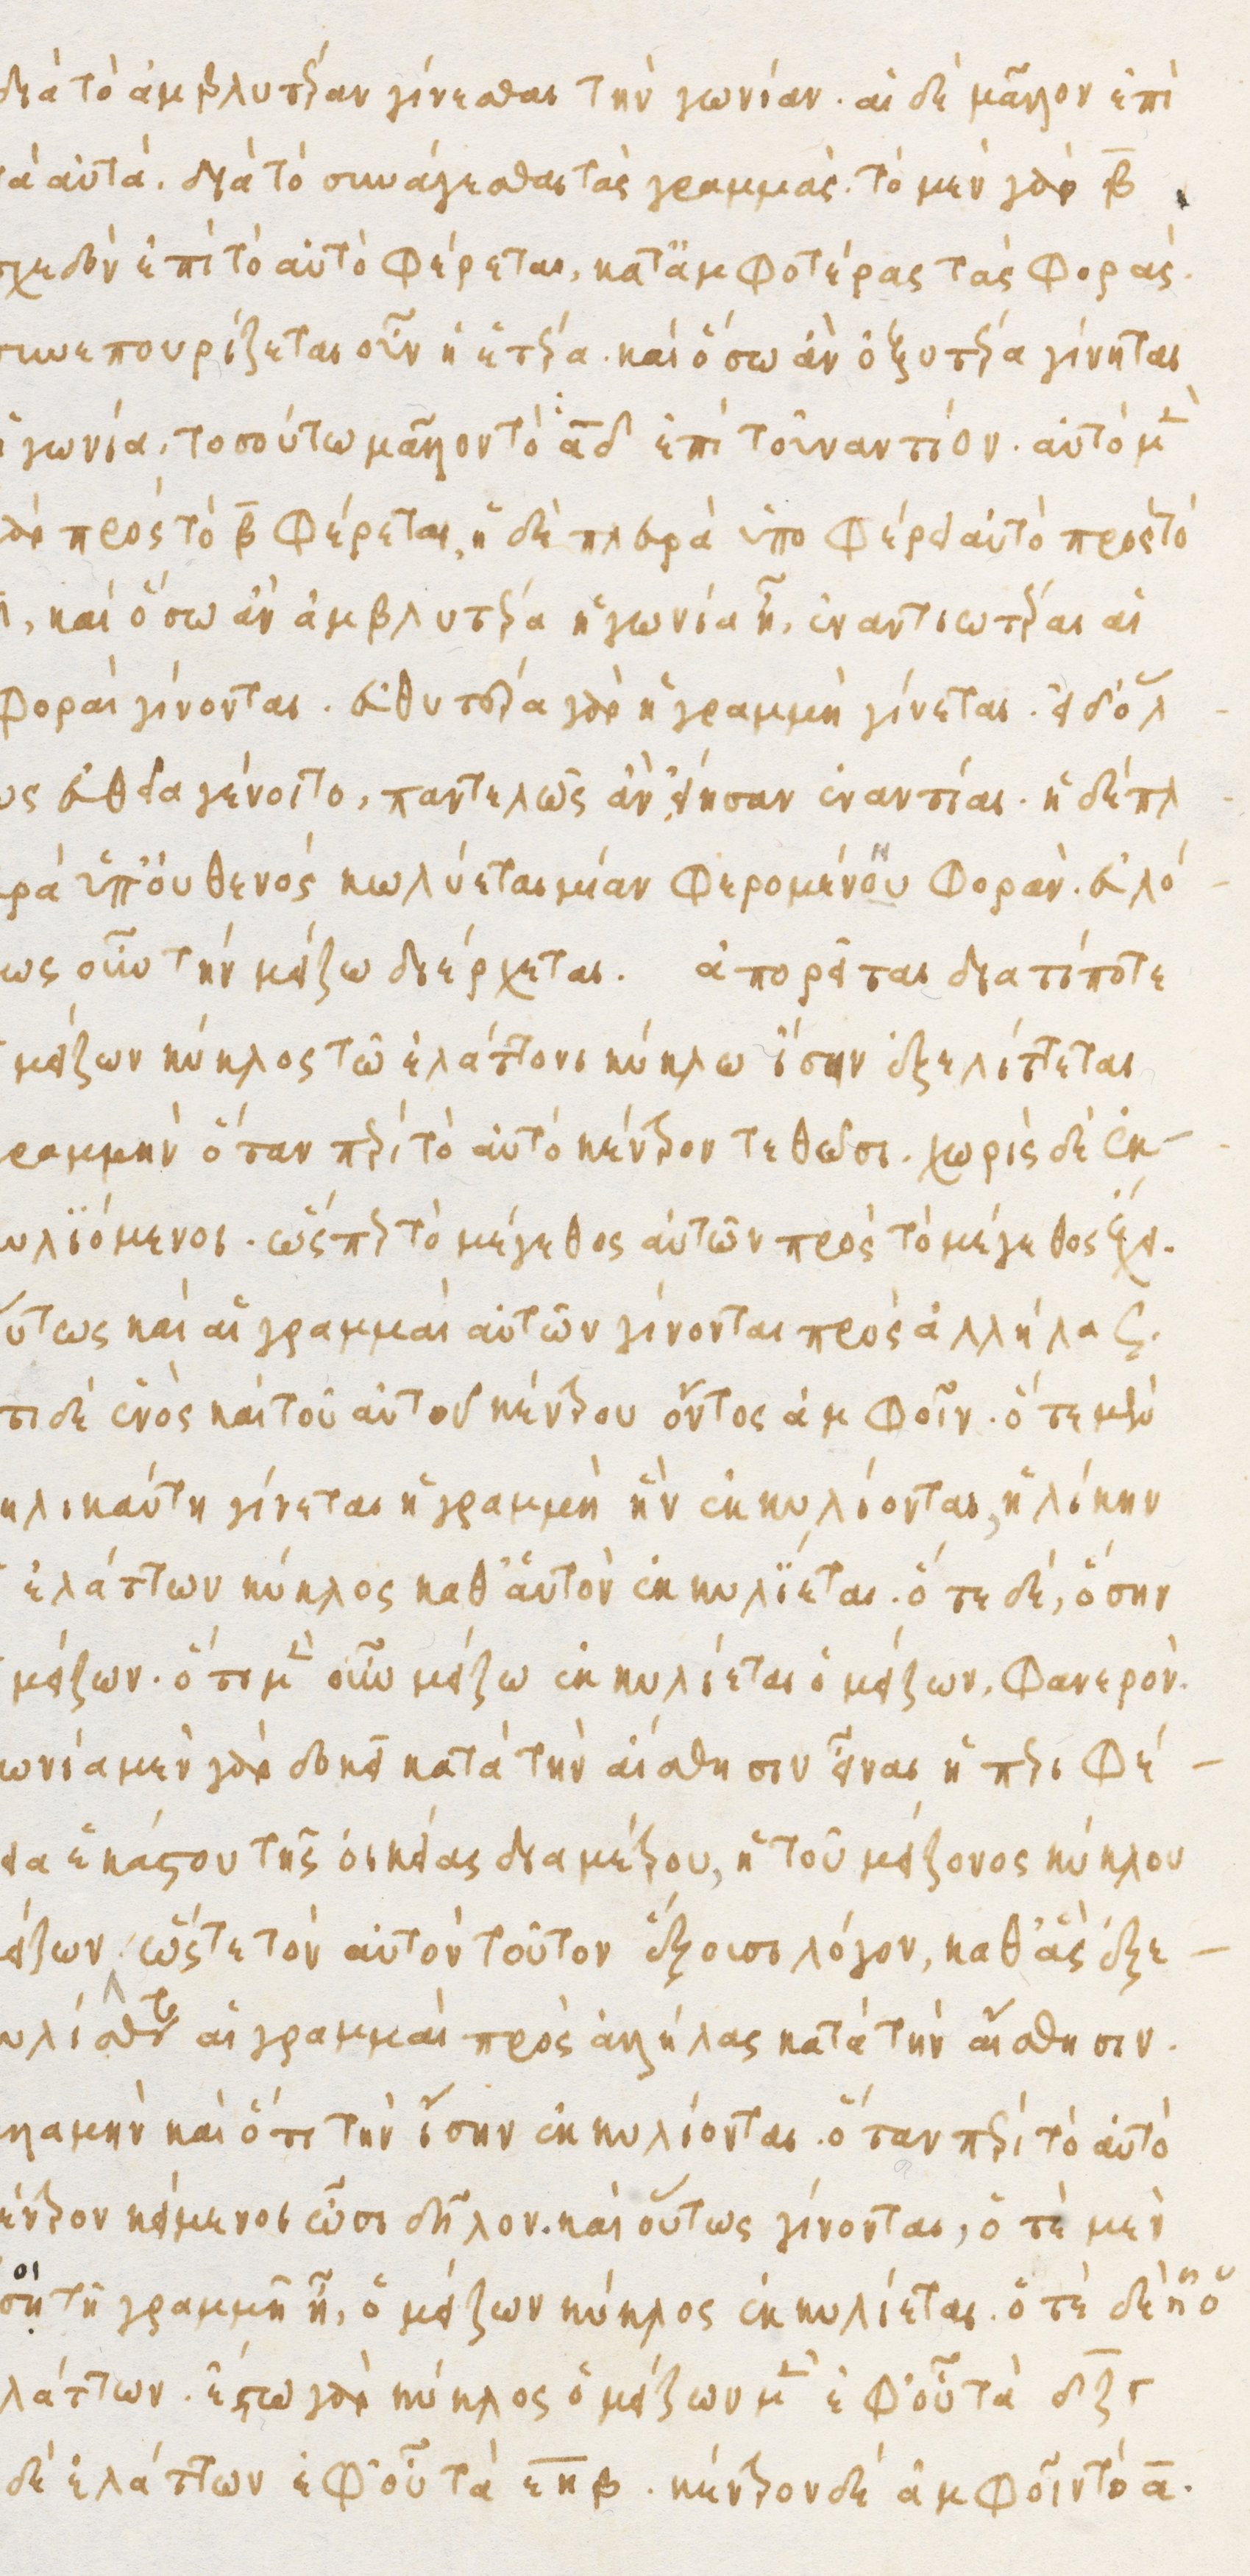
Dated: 1480–1497